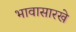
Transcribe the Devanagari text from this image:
भावासारखे